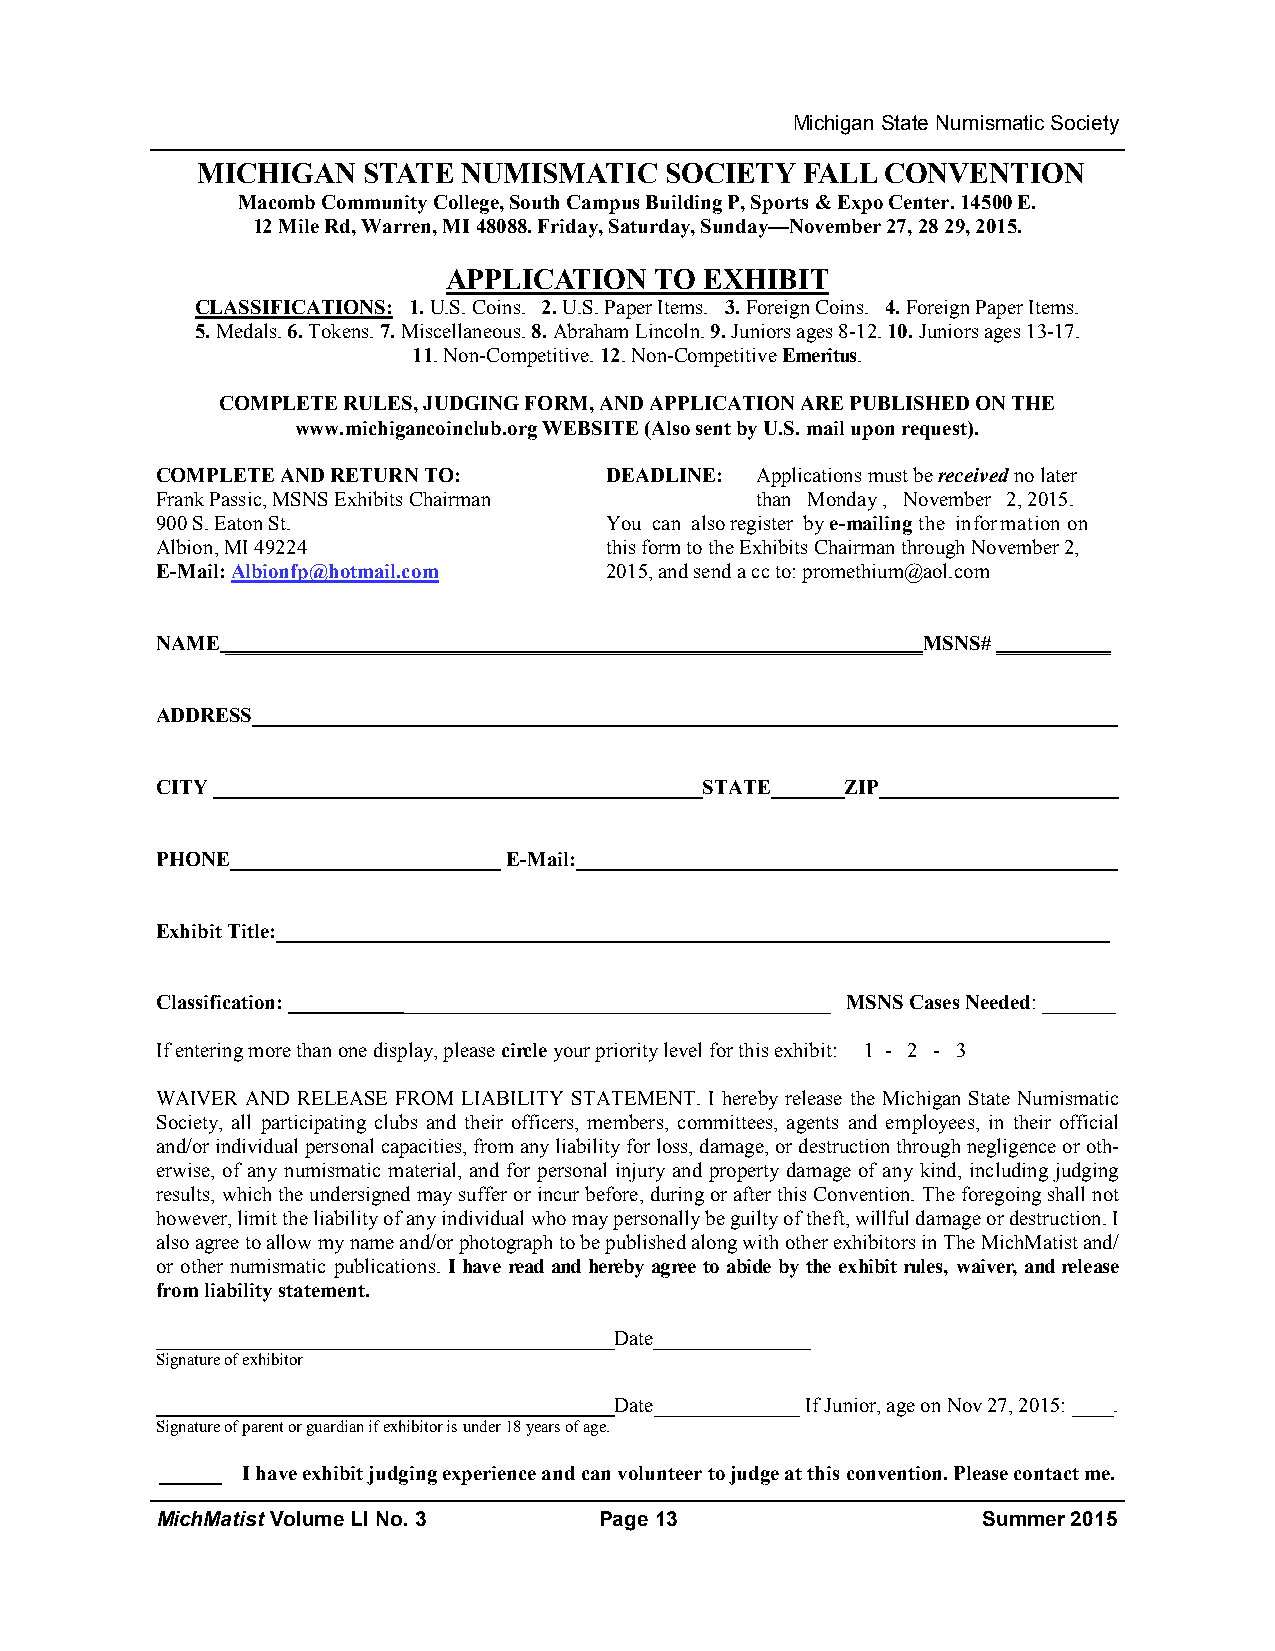
Michigan State Numismatic Society
 MICHIGAN   STATE  NUMISMATIC   SOCIETY  FALL  CONVENTION
 Macomb Community College, South Campus Building P, Sports & Expo Center. 14500 E.
 12 Mile Rd, Warren, MI 48088. Friday, Saturday, Sunday—November 27, 28 29, 2015.
 APPLICATION  TO  EXHIBIT
 CLASSIFICATIONS: 1. U.S. Coins. 2. U.S. Paper Items. 3. Foreign Coins. 4. Foreign Paper Items.
 5. Medals. 6. Tokens. 7. Miscellaneous. 8. Abraham Lincoln. 9. Juniors ages 8-12. 10. Juniors ages 13-17.
 11. Non-Competitive. 12. Non-Competitive Emeritus.
 COMPLETE RULES, JUDGING FORM, AND APPLICATION ARE PUBLISHED ON THE
 www.michigancoinclub.org WEBSITE (Also sent by U.S. mail upon request).
 COMPLETE AND RETURN TO:       DEADLINE: Applications must be received no later
 Frank Passic, MSNS Exhibits Chairman    than Monday , November 2, 2015.
 900 S. Eaton St.              You can also register by e-mailing the information on
 Albion, MI 49224              this form to the Exhibits Chairman through November 2,
 E-Mail: Albionfp@hotmail.com  2015, and send a cc to: promethium@aol.com
 NAME ___________________________________________________________________MSNS# ___________
 ADDRESS___________________________________________________________________________________
 CITY _______________________________________________STATE_______ZIP_______________________
 PHONE__________________________ E-Mail:____________________________________________________
 Exhibit Title:________________________________________________________________________________
 Classification: ____________________________________________________ MSNS Cases Needed: _______
 If entering more than one display, please circle your priority level for this exhibit: 1 - 2 - 3
 WAIVER AND RELEASE FROM LIABILITY STATEMENT. I hereby release the Michigan State Numismatic
 Society, all participating clubs and their officers, members, committees, agents and employees, in their official
 and/or individual personal capacities, from any liability for loss, damage, or destruction through negligence or oth-
 erwise, of any numismatic material, and for personal injury and property damage of any kind, including judging
 results, which the undersigned may suffer or incur before, during or after this Convention. The foregoing shall not
 however, limit the liability of any individual who may personally be guilty of theft, willful damage or destruction. I
 also agree to allow my name and/or photograph to be published along with other exhibitors in The MichMatist and/
 or other numismatic publications. I have read and hereby agree to abide by the exhibit rules, waiver, and release
 from liability statement.
 ____________________________________________Date_______________
 Signature of exhibitor
 ____________________________________________Date______________ If Junior, age on Nov 27, 2015: ____.
 Signature of parent or guardian if exhibitor is under 18 years of age.
 ______ I have exhibit judging experience and can volunteer to judge at this convention. Please contact me.
 MichMatist Volume LI No. 3    Page 13                  Summer 2015